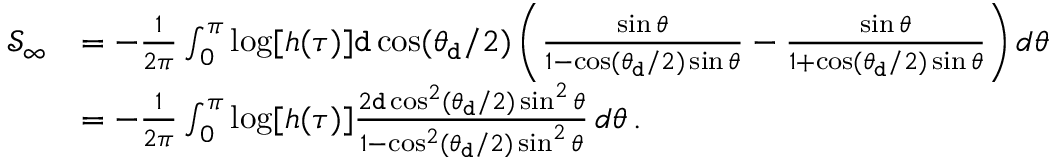
\begin{array} { r l } { \mathcal S _ { \infty } } & { = - \frac { 1 } { 2 \pi } \int _ { 0 } ^ { \pi } \log [ h ( \tau ) ] { \tt d } \cos ( \theta _ { \tt d } / 2 ) \left( \frac { \sin \theta } { 1 - \cos ( \theta _ { \tt d } / 2 ) \sin \theta } - \frac { \sin \theta } { 1 + \cos ( \theta _ { \tt d } / 2 ) \sin \theta } \right) d \theta } \\ & { = - \frac { 1 } { 2 \pi } \int _ { 0 } ^ { \pi } \log [ h ( \tau ) ] \frac { 2 { \tt d } \cos ^ { 2 } ( \theta _ { \tt d } / 2 ) \sin ^ { 2 } \theta } { 1 - \cos ^ { 2 } ( \theta _ { \tt d } / 2 ) \sin ^ { 2 } \theta } \, d \theta \, . } \end{array}